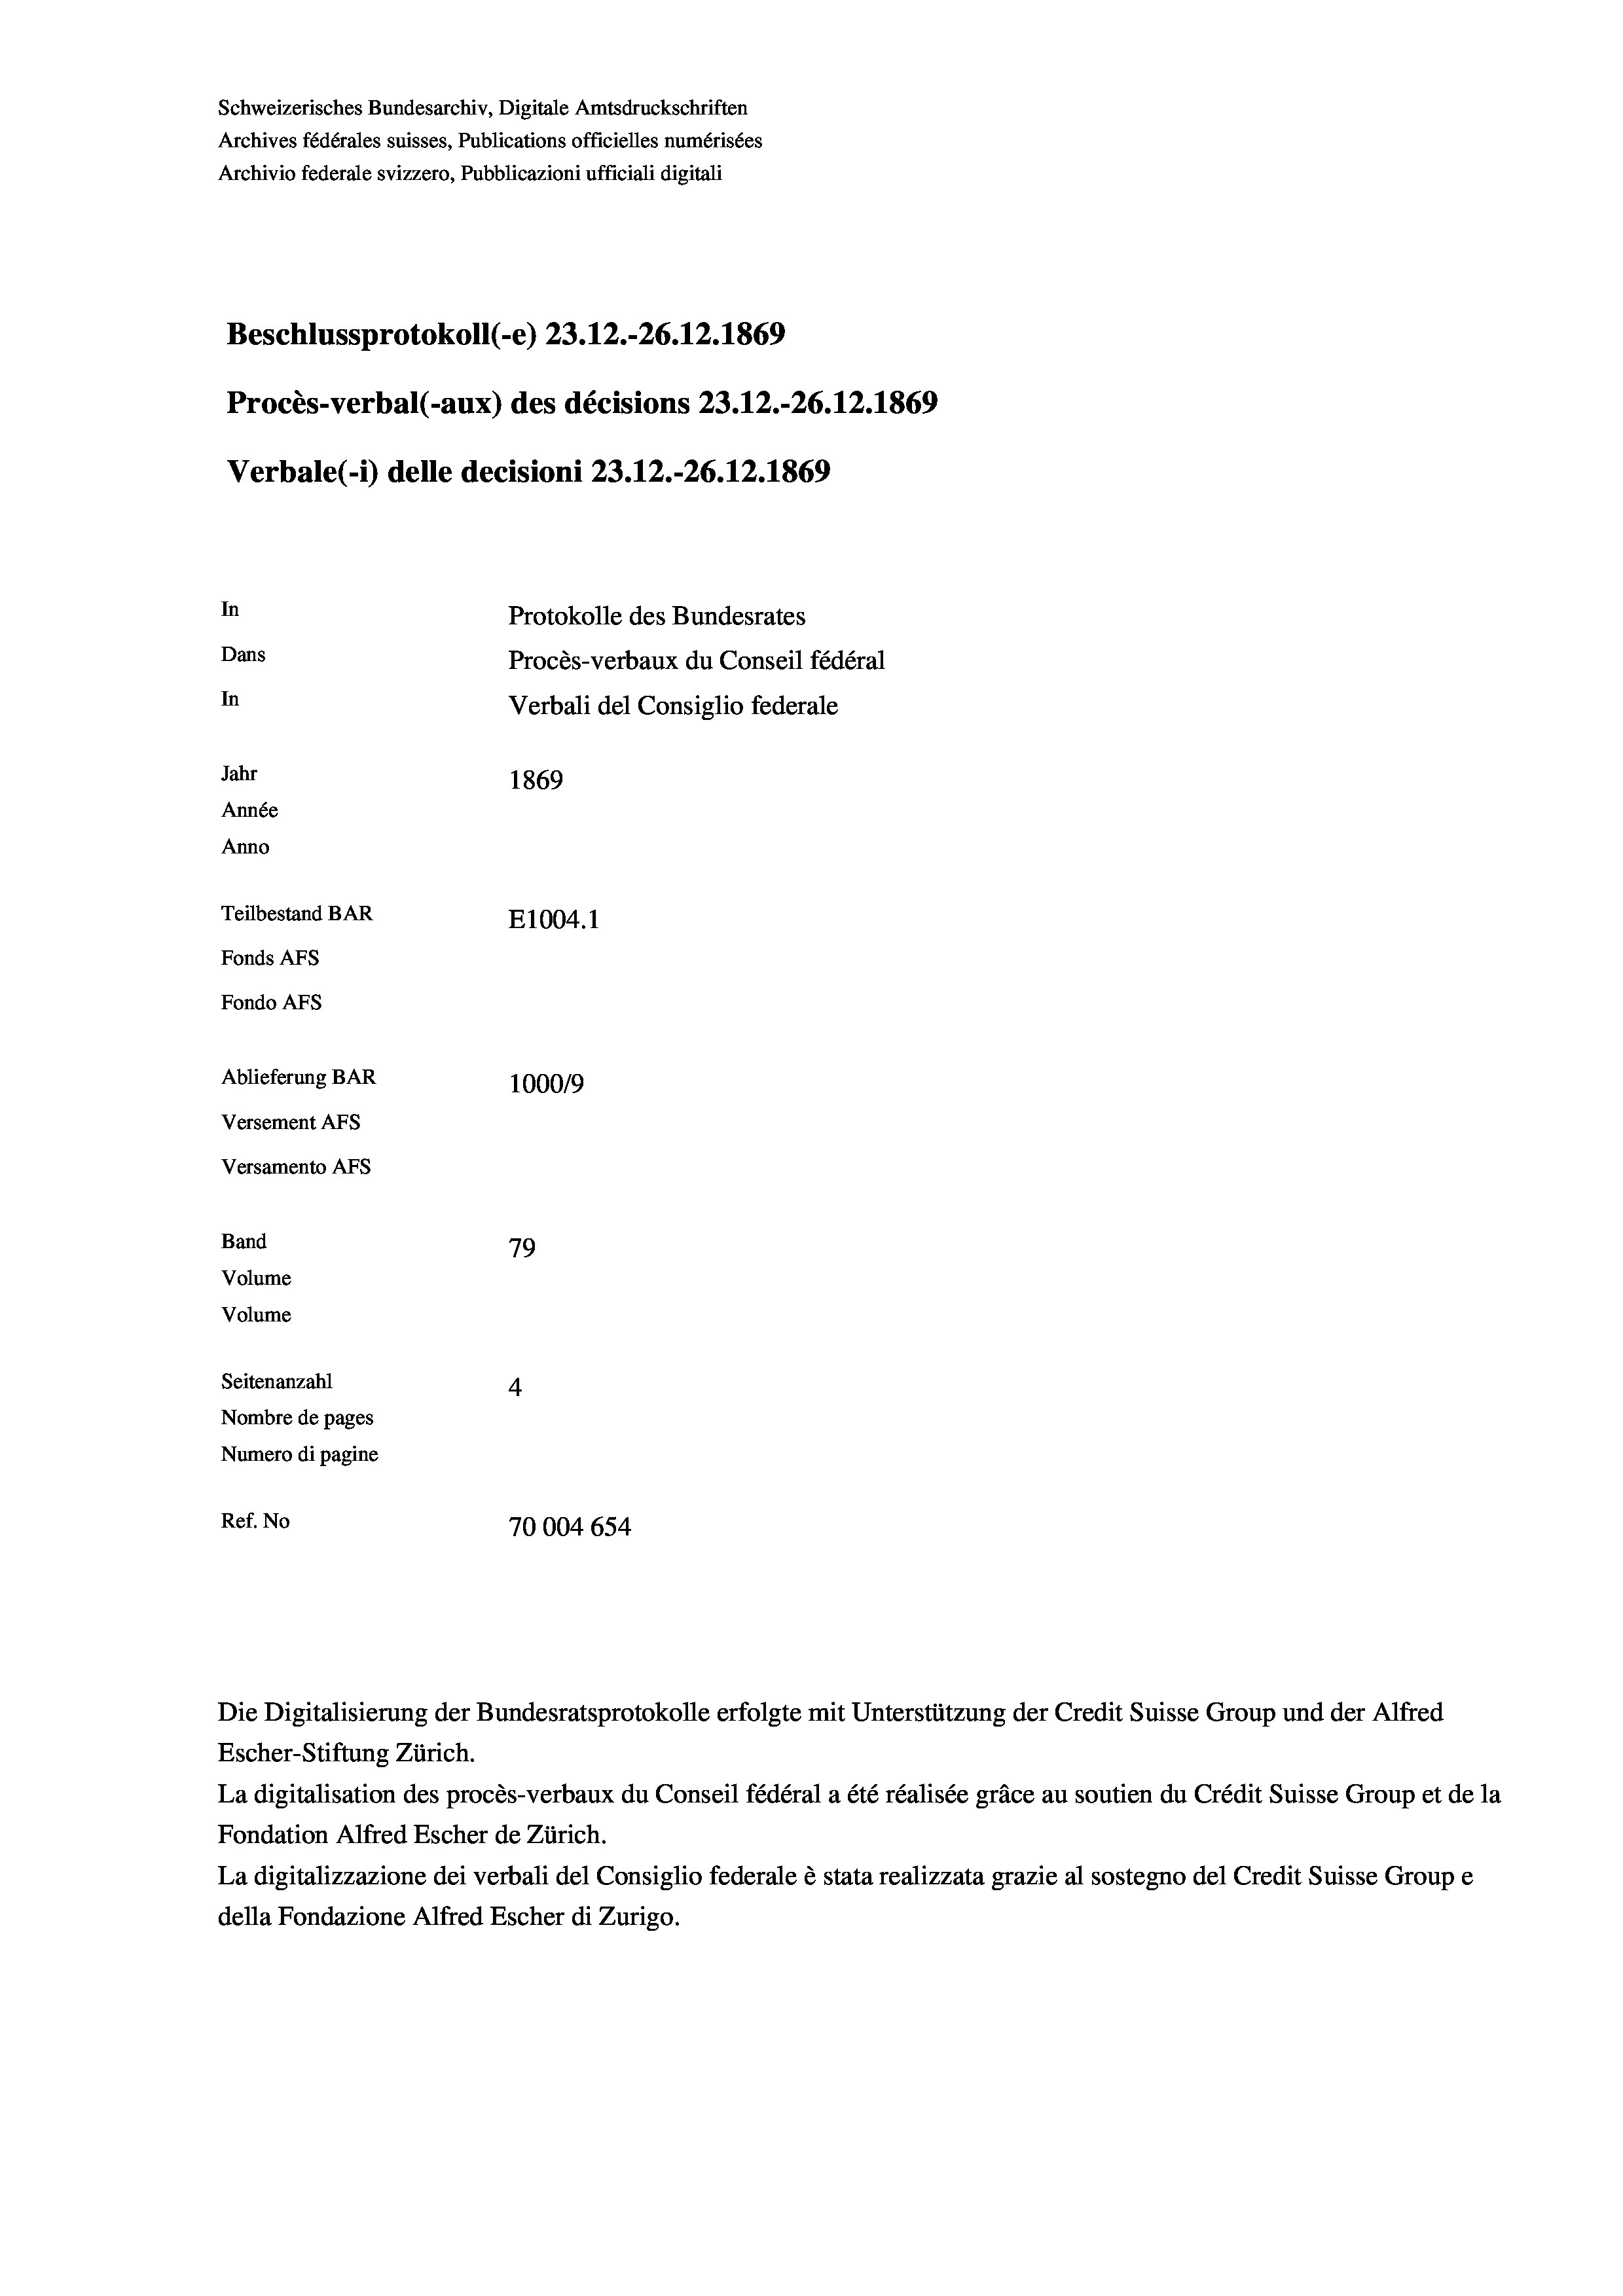
Schweizerisches Bundesarchiv, Digitale Amtsdruckschriften
Archives fédérales suisses, Publications officielles numérisées
Archivio federale svizzero, Pubblicazioni ufficiali digitali
Beschlussprotokoll (-e) 23.12.-26.12.1869
Procès-verbal (-aux) des décisions 23.12.-26.12.1869
Verbale(-*) delle decisioni 23.12.-26.12.1869
In
Protokolle des Bundesrates
Dans
Procès-verbaux du Conseil fédéral
In
Verbali del Consiglio federale
Jahr
1869
Année
Anno
Teilbestand BAR
E1004.1
Fonds AFs
Fondo AFs
Ablieferung BAR
100019
Versement As
Versamento AFs
Band
79
Volume
Volume
Seitenanzahl
4
Nombre de pages
Numero di pagine
Ref. No
70004 654

Die Digitalisierung der Bundesratsprotokolle erfolgte mit Unterstützung der Credit Suisse Group und der Alfred

Escher-Stiftung Zürich.
La digitalisation des procès-verbaux du Conseil fédéral a été réalisée gräce au soutien du Crédit Suisse Group et de la
Fondation Alfred Escher de Zürich.
La digitalizzazione dei verbali del Consiglio federale è stata realizzata grazie al sostegno del Credit Suisse Groupe
della Fondazione Alfred Escher di Zurigo.